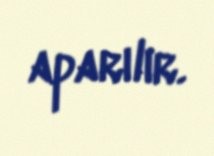
aparılır.